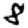
Digit: 8